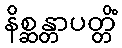
နိစ္ဆန္တာပတ္တိံ